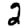
Digit: 2